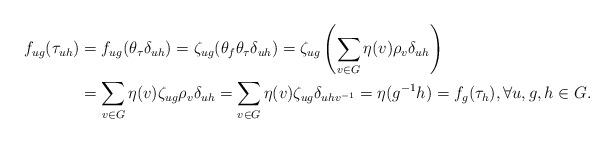
LaTeX: \begin{align*}f_{ug}(\tau_{uh})&=f_{ug}(\theta_\tau\delta_{uh})=\zeta_{ug}(\theta_f\theta_\tau\delta_{uh})=\zeta_{ug}\left(\sum_{v\in G}\eta(v)\rho_v \delta_{uh}\right)\\&=\sum_{v\in G}\eta(v)\zeta_{ug}\rho_v \delta_{uh}=\sum_{v\in G}\eta(v)\zeta_{ug} \delta_{uhv^{-1}}=\eta(g^{-1}h)=f_g(\tau_h), \forall u,g,h \in G.\end{align*}